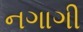
નગાગી